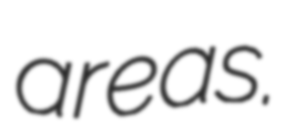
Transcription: areas.